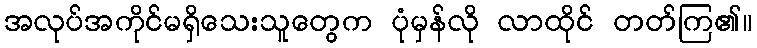
အလုပ်အကိုင်မရှိသေးသူတွေက ပုံမှန်လို လာထိုင် တတ်ကြ၏။